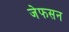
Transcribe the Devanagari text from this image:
जेफसन